Lunatic asylums Central Provinces reports 1895-1909 - 1895-1909
Year: 1895
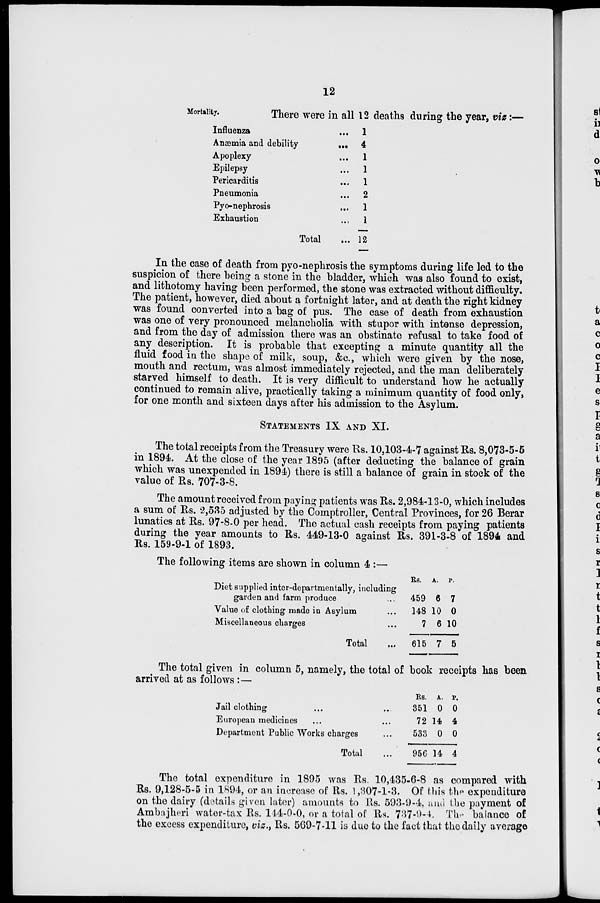
12
Mortality.
There were in all 12 deaths during the year, viz:—
Influenza ...
Anæmia and debility
...
Apoplexy ...
Epilepsy ...
Pericarditis
...
Pneumonia ...
Pyo-nephrosis ...
Exhaustion ...
Total ...
1
4
1
1
1
2
1
1
12
In the case of death from pyo-nephrosis the symptoms during life led to the
suspicion of there being a stone in the bladder, which was also found to exist,
and lithotomy having been performed, the stone was extracted without difficulty.
The patient, however, died about a fortnight later, and at death the right kidney
was found converted into a bag of pus. The case of death from exhaustion
was one of very pronounced melancholia with stupor with intense depression,
and from the day of admission there was an obstinate refusal to take food of
any description. It is probable that excepting a minute quantity all the
fluid food in the shape of milk, soup, &c, which were given by the nose,
mouth and rectum, was almost immediately rejected, and the man deliberately
starved himself to death. It is very difficult to understand how he actually
continued to remain alive, practically taking a minimum quantity of food only,
for one month and sixteen days after his admission to the Asylum.
STATEMENT IX AND XI.
The total receipts from the Treasury were Rs. 10,103-4-7 against Rs. 8,073-5-5
in 1894. At the close of the year 1895 (after deducting the balance of grain
which was unexpended in 1894) there is still a balance of grain in stock of the
value of Rs. 707-3-8.
The amount received from paying patients was Rs. 2,984-13-0, which includes
a sum of Rs. 2,535 adjusted by the Comptroller, Central Provinces, for 26 Berar
lunatics at Rs. 97-8-0 per head. The actual cash receipts from paying patients
during the year amounts to Rs. 449-13-0 against Rs. 391-3-8 of 1894 and
Rs. 159-9-1 of 1893.
The following items are shown in column 4 :—
Diet supplied inter-departmentally, including
garden and farm produce ...
Value of clothing made in Asylum ...
Miscellaneous charges ...
Total ...
Rs.
459
148
7
615
A.
6
10
6
7
P.
7
0
10
5
The total given in column 5, namely, the total of book receipts has been
arrived at as follows : —
Jail clothing ... ...
European medicines ... ...
Department Public Works charges ...
Total ...
Rs.
351
72
533
956
A.
0
14
0
14
P.
0
4
0
4
The total expenditure in 1895 was Rs. 10,435-6-8 as compared with
Rs. 9,128-5-5 in 1894, or an increase of Rs. 1,307-1-3. Of this the expenditure
on the dairy (details given later) amounts to Rs. 593-9-4 and the payment of
Ambajheri water-tax Rs. 144-0-0, or a total of Rs. 737-9-4. The balance of
the excess expenditure, viz., Rs. 569-7-11 is due to the fact that the daily average